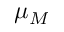
\mu _ { M }